Report on the working of the Ranchi Indian Mental Hospital, Kanke, in Bihar and Orissa - 1930-1940
Year: 1930
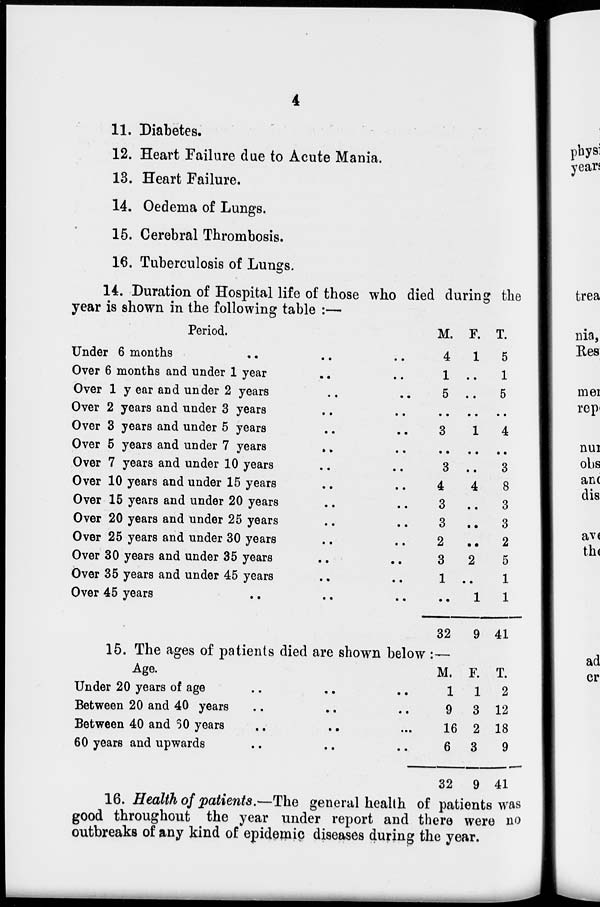
4
11. Diabetes.
12. Heart Failure due to Acute Mania.
13. Heart Failure.
14. Oedema of Lungs.
15. Cerebral Thrombosis.
16. Tuberculosis of Lungs.
14. Duration of Hospital life of those who died during the
year is shown in the following table :—
Period.
Under 6 months .. .. ..
Over 6 months and under 1 year .. ..
Over 1 year and under 2 years .. ..
Over 2 years and under 3 years .. ..
Over 3 years and under 5 years .. ..
Over 5 years and under 7 years
.. ..
Over 7 years and under 10 years .. ..
Over 10 years and under 15 years .. ..
Over 15 years and under 20 years .. ..
Over 20 years and under 25 years .. ..
Over 25 years and under 30 years .. ..
Over 30 years and under 35 years .. ..
Over 35 years and under 45 years .. ..
Over 45 years .. .. ..
M.
4
1
5
..
3
..
3
4
3
3
2
3
1
..
32
F.
1
..
..
..
1
..
..
4
..
..
..
2
..
1
9
T.
5
1
5
..
4
..
3
8
3
3
2
5
1
1
41
15. The ages of patients died are shown below :—
Age.
Under 20 years of age .. .. ..
Between 20 and 40 years .. .. ..
Between 40 and SO years .. .. ...
60 years and upwards .. .. ..
M.
1
9
16
6
32
F.
1
3
2
3
9
T.
2
12
18
9
41
16. Health of patients.—The general health of patients was
good throughout the year under report and there were no
outbreaks of any kind of epidemic diseases during the year.